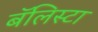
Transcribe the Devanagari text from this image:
बॅलिस्टा